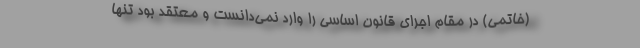
(خاتمی) در مقام اجرای قانون اساسی را وارد نمی‌دانست و معتقد بود تنها